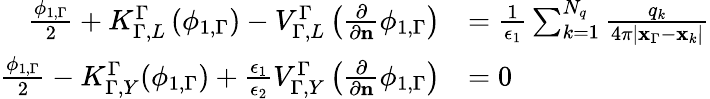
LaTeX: \begin{array}{rl}{\frac{\phi_{1,\Gamma}}{2}+K_{\Gamma,L}^{\Gamma}\left(\phi_{1,\Gamma}\right)-V_{\Gamma,L}^{\Gamma}\left(\frac{\partial}{\partial\mathbf{n}}\phi_{1,\Gamma}\right)}&{=\frac{1}{\epsilon_{1}}\sum_{k=1}^{N_{q}}\frac{q_{k}}{4\pi|\mathbf{x}_{\Gamma}-\mathbf{x}_{k}|}}\\ {\frac{\phi_{1,\Gamma}}{2}-K_{\Gamma,Y}^{\Gamma}(\phi_{1,\Gamma})+\frac{\epsilon_{1}}{\epsilon_{2}}V_{\Gamma,Y}^{\Gamma}\left(\frac{\partial}{\partial\mathbf{n}}\phi_{1,\Gamma}\right)}&{=0}\end{array}